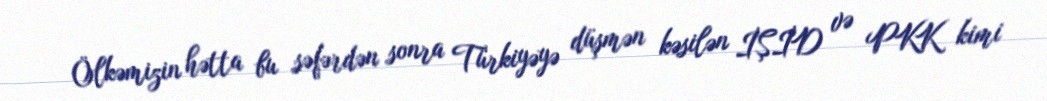
Ölkəmizin hətta bu səfərdən sonra Türkiyəyə düşmən kəsilən İŞİD və PKK kimi